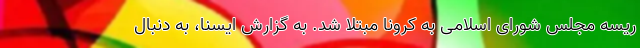
ریسه مجلس شورای اسلامی به کرونا مبتلا شد. به گزارش ایسنا، به دنبال